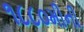
૧૮૮૦મીની